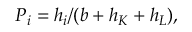
P _ { i } = h _ { i } / ( b + h _ { K } + h _ { L } ) ,